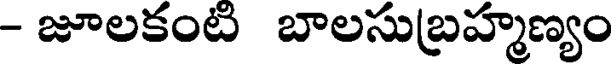
- జూలకంట బాలసుబ్రహ్మణ్యం